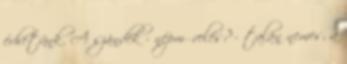
érhetünk. A szándék - népművelés? - talán nemes, a